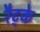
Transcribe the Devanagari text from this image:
रैट्के